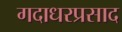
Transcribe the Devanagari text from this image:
गदाधरप्रसाद